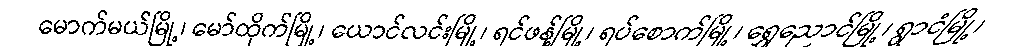
မောက်မယ်မြို့၊ မော်ထိုက်မြို့၊ ယောင်လင်းမြို့၊ ရင်ဖန့်မြို့၊ ရပ်စောက်မြို့၊ ရွှေညောင်မြို့၊ ရွာငံမြို့၊